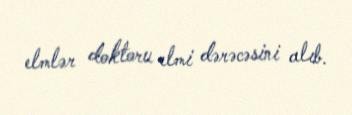
elmlər doktoru elmi dərəcəsini alıb.